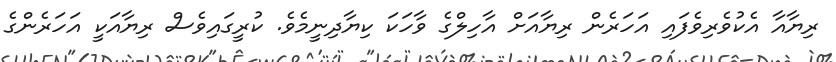
ރިޔާއާ އެކުވެރިވެފައި އަހަރެން ރިޔާއަށް އާހިލްގެ ވާހަކަ ކިޔާދިނީމެވެ. ކުރީގައިވެސް ރިޔާއަކީ އަހަރެންގެ